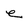
Character: e